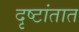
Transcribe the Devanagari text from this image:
दृष्टांतात